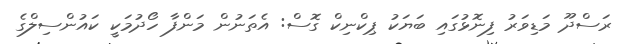
ރަސްދޫ މަޑިވަރު ފިނޮޅުގައި ބަޔަކު ޕިކްނިކް ގޮސް: އެތަނުން މަންފާ ހޯދުމަކީ ކައުންސިލްގެ